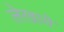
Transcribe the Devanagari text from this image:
लेखावे